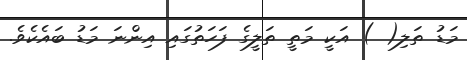
މަޑު ތަލި( ) އަކީ މަތީ ތަލީގެ ފަހަތުގައި އިންނަ މަޑު ބައެކެވެ.